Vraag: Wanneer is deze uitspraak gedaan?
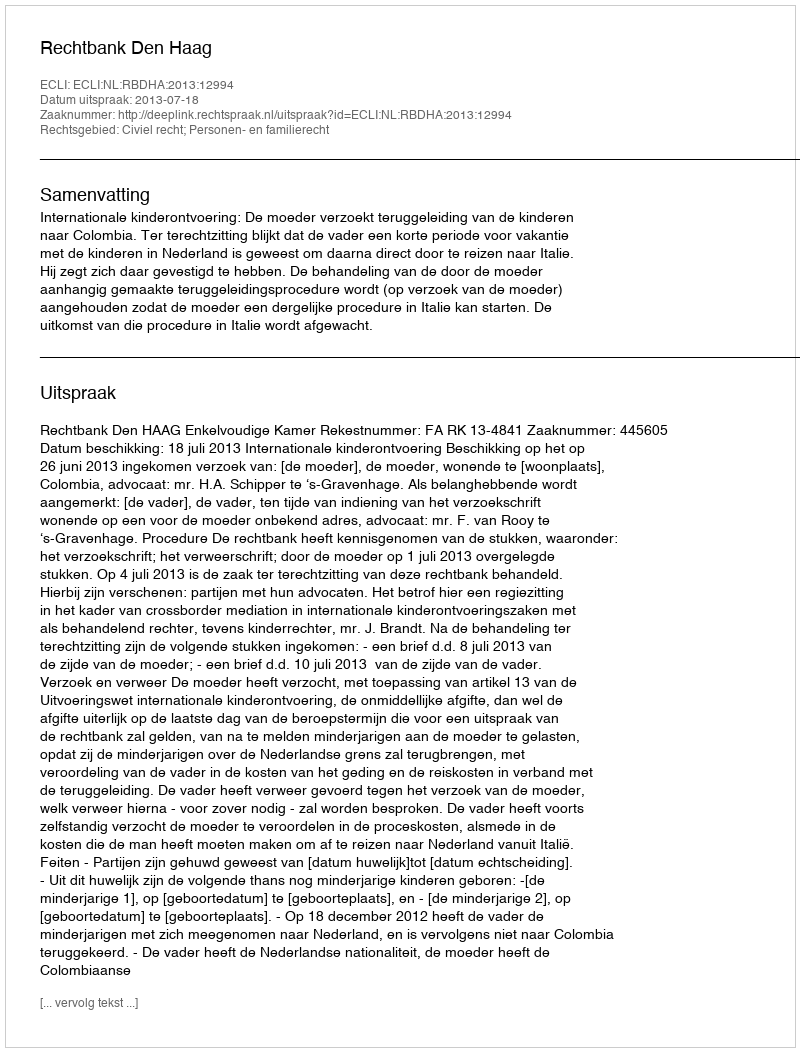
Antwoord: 2013-07-18